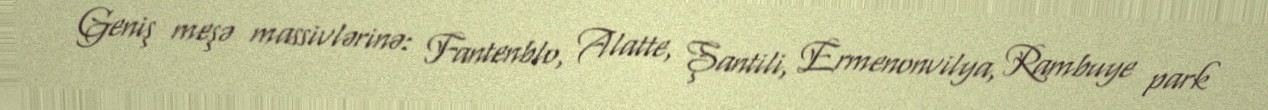
Geniş meşə massivlərinə: Fantenblo, Alatte, Şantili, Ermenonvilya, Rambuye park